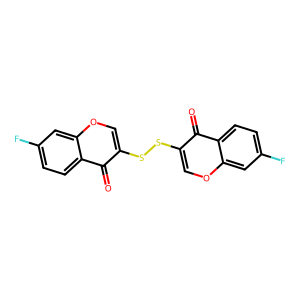
SMILES: O=c1c(SSc2coc3cc(F)ccc3c2=O)coc2cc(F)ccc12
Inhibits HIV replication: No